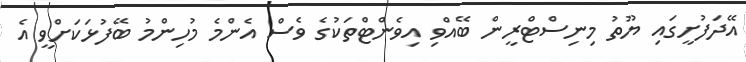
އޭދަފުށީގައި ޔޫތު މިނިސްޓްރީން ބޭއްވި އިވެންޓްތަކުގެ ވެސް އެންމެ މުހިންމު ބޭފުޅަކަށްވީ އެ